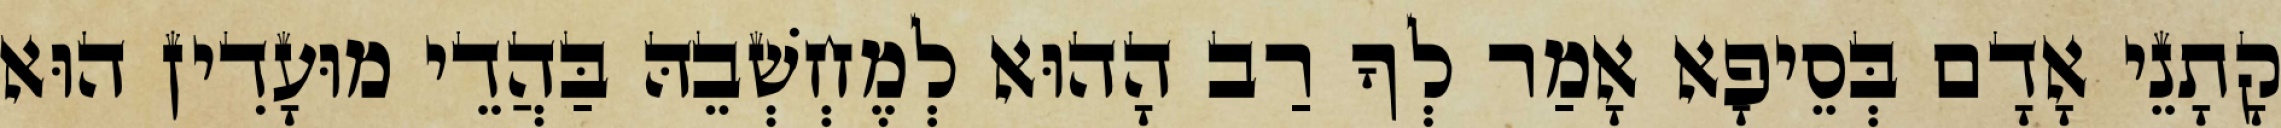
קָתָנֵי אָדָם בְּסֵיפָא אָמַר לְךָ רַב הָהוּא לְמֶחְשְׁבֵהּ בַּהֲדֵי מוּעָדִין הוּא